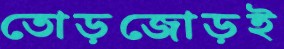
তোড়জোড়ই